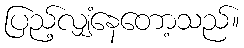
ပြည့်လျှံနေတော့သည်။